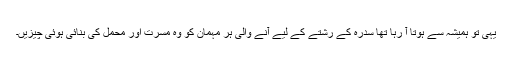
یہی تو ہمیشہ سے ہوتا آ رہا تھا سدرہ کے رشتے کے لیے آنے والی ہر مہمان کو وہ مسرت اور محمل کی بنائی ہوئی چیزیں۔